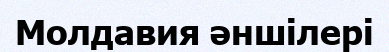
Молдавия әншілері